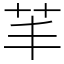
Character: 䒠